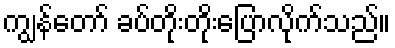
ကျွန်တော် ခပ်တိုးတိုးပြောလိုက်သည်။